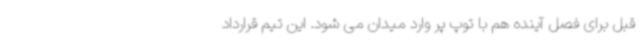
قبل برای فصل آینده هم با توپ پر وارد میدان می شود. این تیم قرارداد